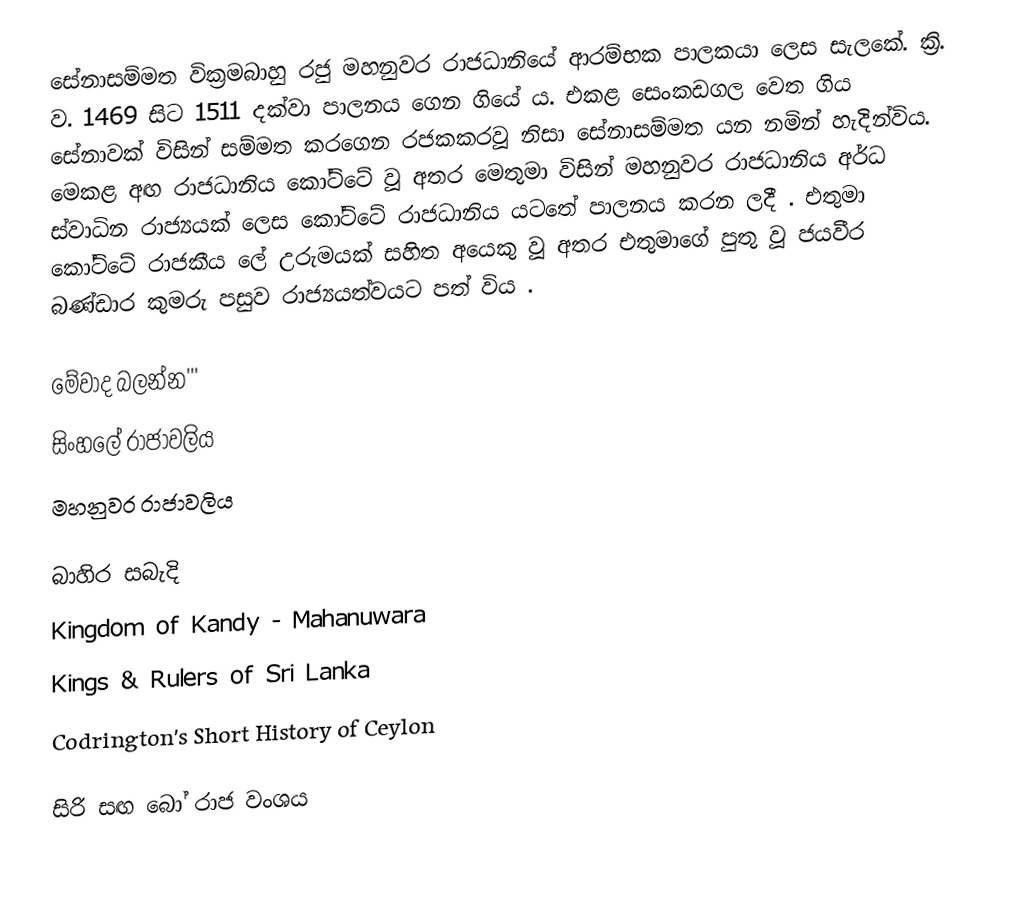
සේනාසම්මත වික්‍රමබාහු රජු මහනුවර රාජධානියේ ආරම්භක පාලකයා ලෙස සැලකේ. ක්‍රි. ව. 1469 සිට 1511 දක්වා පාලනය ගෙන ගියේ ය. එකළ සෙංකඩගල වෙත ගිය සේනාවක් විසින් සම්මත කරගෙන රජකකරවූ නිසා සේනාසම්මත යන නමින් හැදින්විය. මෙකළ අඟ රාජධානිය කෝට්ටේ වූ අතර මෙතුමා විසින් මහනුවර රාජධානිය අර්ධ ස්වාධින රාජ්‍යයක් ලෙස කෝට්ටේ රාජධානිය යටතේ පාලනය කරන ලදී . එතුමා කෝට්ටේ රාජකීය ලේ උරුමයක් සහිත අයෙකු වූ අතර එතුමාගේ පුතු වූ ජයවීර බණ්ඩාර කුමරු පසුව රාජ්‍යයත්වයට පත් විය .

මේවාද බලන්න'''
 සිංහලේ රාජාවලිය
 මහනුවර රාජාවලිය

බාහිර සබැදි
 Kingdom of Kandy - Mahanuwara
 Kings & Rulers of Sri Lanka
 Codrington's Short History of Ceylon

සිරි සඟ බෝ රාජ වංශය